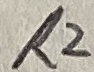
Text: R2